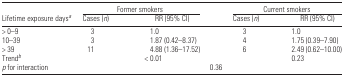
|  | <COLSPAN=2> Former smokers | <COLSPAN=2> Current smokers |
 | Lifetime exposure daysa | Cases (n) | RR (95% CI) | Cases (n) | RR (95% CI) |
 | --- | --- | --- | --- | --- |
 | > 0–9 | 3 | 1.0 | 3 | 1.0 |
 | 10–39 | 3 | 1.87 (0.42–8.37) | 4 | 1.75 (0.39–7.90) |
 | > 39 | 11 | 4.88 (1.36–17.52) | 6 | 2.49 (0.62–10.00) |
 | Trendb |  | < 0.01 |  | 0.23 |
 | p for interaction | <COLSPAN=4> 0.36 |